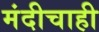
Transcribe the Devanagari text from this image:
मंदीचाही